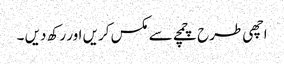
اچھی طرح چمچے سے مکس کریں اور رکھ دیں ۔